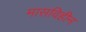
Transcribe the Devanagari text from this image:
मासविहीन